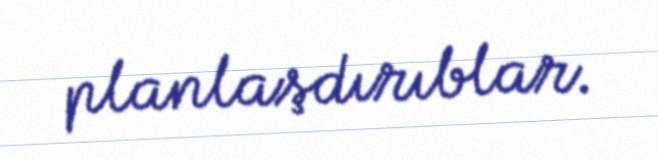
planlaşdırıblar.